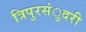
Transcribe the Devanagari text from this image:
त्रिपुरसंुदरी